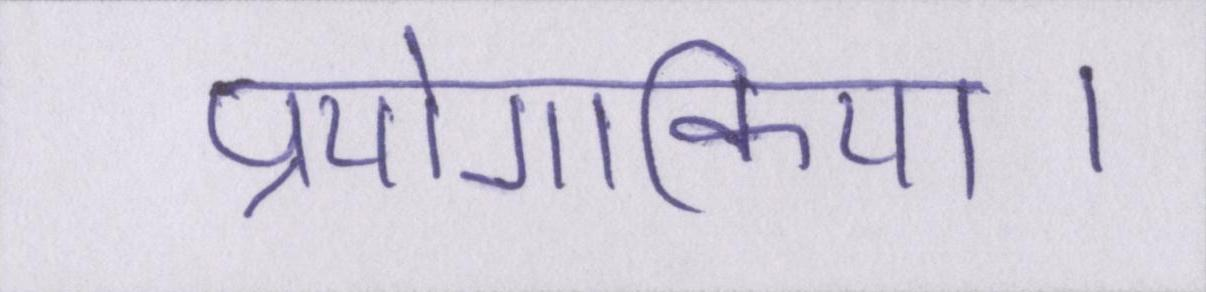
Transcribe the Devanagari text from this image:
प्रयोगकिया।